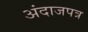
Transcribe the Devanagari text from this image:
अंदाजपत्र